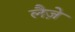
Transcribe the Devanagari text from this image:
लैज़े